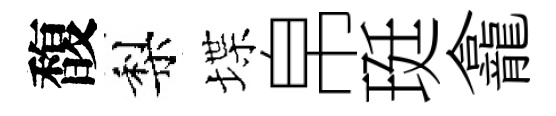
馥梨堞帛珽龕